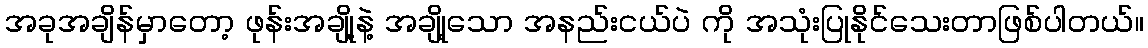
အခုအချိန်မှာတော့ ဖုန်းအချို့နဲ့ အချို့သော အနည်းငယ်ပဲ ကို အသုံးပြုနိုင်သေးတာဖြစ်ပါတယ်။